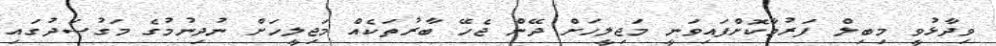
ވިދާޅުވީ މިބިލް ފަރުމާކޮށްފައިވަނީ މަޖިލީހަށް ދޭން ޖެހޭ ބާރުތަކެއް މަޖިލީހަށް ނުދިނުމުގެ މަގުސަދުގައި